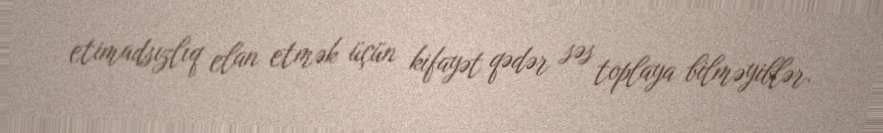
etimadsızlıq elan etmək üçün kifayət qədər səs toplaya bilməyiblər.